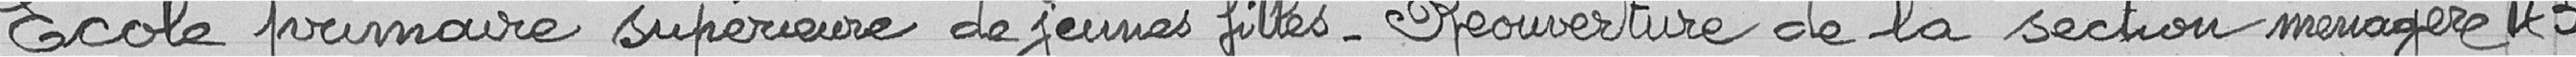
Ecole primaire supérieure de jeunes filles - Réouverture de la section ménagère   431